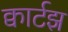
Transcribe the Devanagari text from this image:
क्वार्टझ